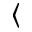
\langle